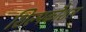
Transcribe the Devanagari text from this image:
शिल्पकौशल